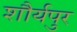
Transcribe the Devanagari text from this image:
शौर्यपुर